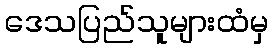
ဒေသပြည်သူများထံမှ